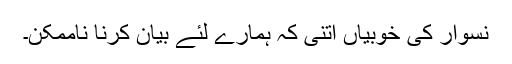
نسوار کی خوبیاں اتنی کہ ہمارے لئے بیان کرنا ناممکن۔